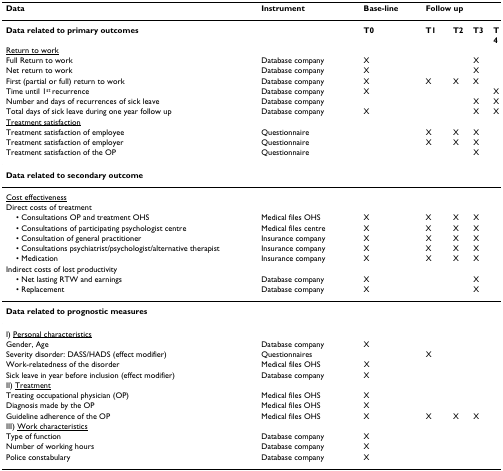
<table><thead><tr><td><b>Data</b></td><td><b>Instrument</b></td><td><b>Base-line</b></td><td colspan="4"><b>Follow up</b></td></tr></thead><tbody><tr><td><b>Data related to primary outcomes</b></td><td></td><td><b>T0</b></td><td><b>T1</b></td><td><b>T2</b></td><td><b>T3</b></td><td><b>T4</b></td></tr><tr><td><underline>Return to work</underline></td><td></td><td></td><td></td><td></td><td></td><td></td></tr><tr><td>Full Return to work</td><td>Database company</td><td>X</td><td></td><td></td><td>X</td><td></td></tr><tr><td>Net return to work</td><td>Database company</td><td>X</td><td></td><td></td><td>X</td><td></td></tr><tr><td>First (partial or full) return to work</td><td>Database company</td><td>X</td><td>X</td><td>X</td><td>X</td><td></td></tr><tr><td>Time until 1<sup>st </sup>recurrence</td><td>Database company</td><td>X</td><td></td><td></td><td></td><td>X</td></tr><tr><td>Number and days of recurrences of sick leave</td><td>Database company</td><td></td><td></td><td></td><td>X</td><td>X</td></tr><tr><td>Total days of sick leave during one year follow up</td><td>Database company</td><td>X</td><td></td><td></td><td>X</td><td>X</td></tr><tr><td><underline>Treatment satisfaction</underline></td><td></td><td></td><td></td><td></td><td></td><td></td></tr><tr><td>Treatment satisfaction of employee</td><td>Questionnaire</td><td></td><td>X</td><td>X</td><td>X</td><td></td></tr><tr><td>Treatment satisfaction of employer</td><td>Questionnaire</td><td></td><td>X</td><td>X</td><td>X</td><td></td></tr><tr><td>Treatment satisfaction of the OP</td><td>Questionnaire</td><td></td><td></td><td></td><td>X</td><td></td></tr><tr><td><b>Data related to secondary outcome</b></td><td></td><td></td><td></td><td></td><td></td><td></td></tr><tr><td><underline>Cost effectiveness</underline></td><td></td><td></td><td></td><td></td><td></td><td></td></tr><tr><td>Direct costs of treatment</td><td></td><td></td><td></td><td></td><td></td><td></td></tr><tr><td> • Consultations OP and treatment OHS</td><td>Medical files OHS</td><td>X</td><td>X</td><td>X</td><td>X</td><td></td></tr><tr><td> • Consultations of participating psychologist centre</td><td>Medical files centre</td><td>X</td><td>X</td><td>X</td><td>X</td><td></td></tr><tr><td> • Consultation of general practitioner</td><td>Insurance company</td><td>X</td><td>X</td><td>X</td><td>X</td><td></td></tr><tr><td> • Consultations psychiatrist/psychologist/alternative therapist</td><td>Insurance company</td><td>X</td><td>X</td><td>X</td><td>X</td><td></td></tr><tr><td> • Medication</td><td>Insurance company</td><td>X</td><td>X</td><td>X</td><td>X</td><td></td></tr><tr><td>Indirect costs of lost productivity</td><td></td><td></td><td></td><td></td><td></td><td></td></tr><tr><td> • Net lasting RTW and earnings</td><td>Database company</td><td>X</td><td></td><td></td><td>X</td><td></td></tr><tr><td> • Replacement</td><td>Database company</td><td>X</td><td></td><td></td><td>X</td><td></td></tr><tr><td><b>Data related to prognostic measures</b></td><td></td><td></td><td></td><td></td><td></td><td></td></tr><tr><td>I) <underline>Personal characteristics</underline></td><td></td><td></td><td></td><td></td><td></td><td></td></tr><tr><td>Gender, Age</td><td>Database company</td><td>X</td><td></td><td></td><td></td><td></td></tr><tr><td>Severity disorder: DASS/HADS (effect modifier)</td><td>Questionnaires</td><td></td><td>X</td><td></td><td></td><td></td></tr><tr><td>Work-relatedness of the disorder</td><td>Medical files OHS</td><td>X</td><td></td><td></td><td></td><td></td></tr><tr><td>Sick leave in year before inclusion (effect modifier)</td><td>Database company</td><td>X</td><td></td><td></td><td></td><td></td></tr><tr><td>II) <underline>Treatment</underline></td><td></td><td></td><td></td><td></td><td></td><td></td></tr><tr><td>Treating occupational physician (OP)</td><td>Medical files OHS</td><td>X</td><td></td><td></td><td></td><td></td></tr><tr><td>Diagnosis made by the OP</td><td>Medical files OHS</td><td>X</td><td></td><td></td><td></td><td></td></tr><tr><td>Guideline adherence of the OP</td><td>Medical files OHS</td><td>X</td><td>X</td><td>X</td><td>X</td><td></td></tr><tr><td>III) <underline>Work characteristics</underline></td><td></td><td></td><td></td><td></td><td></td><td></td></tr><tr><td>Type of function</td><td>Database company</td><td>X</td><td></td><td></td><td></td><td></td></tr><tr><td>Number of working hours</td><td>Database company</td><td>X</td><td></td><td></td><td></td><td></td></tr><tr><td>Police constabulary</td><td>Database company</td><td>X</td><td></td><td></td><td></td><td></td></tr></tbody></table>